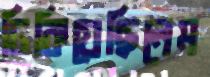
ঢিকিয়েছিলেম